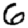
Digit: 6